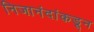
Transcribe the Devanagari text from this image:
निजानंदांकडून